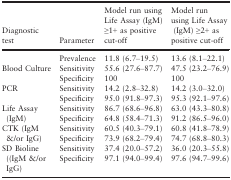
| Diagnostic test | Parameter | Model run using Life Assay (IgM) ≥1+ as positive cut‐off | Model run using Life Assay (IgM) ≥2+ as positive cut‐off |
 | --- | --- | --- | --- |
 |  | Prevalence | 11.8 (6.7–19.5) | 13.6 (8.1–22.1) |
 | <ROWSPAN=2> Blood Culture | Sensitivity | 55.6 (27.6–87.7) | 47.5 (23.2–76.9) |
 | Specificity | 100 | 100 |
 | <ROWSPAN=2> PCR | Sensitivity | 14.2 (2.8–32.8) | 14.2 (3.0–32.0) |
 | Specificity | 95.0 (91.8–97.3) | 95.3 (92.1–97.6) |
 | <ROWSPAN=2> Life Assay (IgM) | Sensitivity | 86.7 (68.6–96.8) | 63.0 (43.3–80.8) |
 | Specificity | 64.8 (58.4–71.3) | 91.2 (86.5–96.0) |
 | <ROWSPAN=2> CTK (IgM &/or IgG) | Sensitivity | 60.5 (40.3–79.1) | 60.8 (41.8–78.9) |
 | Specificity | 73.9 (68.2–79.4) | 74.7 (68.8–80.3) |
 | <ROWSPAN=2> SD Bioline ((IgM &/or IgG) | Sensitivity | 37.4 (20.0–57.2) | 36.0 (20.3–55.8) |
 | Specificity | 97.1 (94.0–99.4) | 97.6 (94.7–99.6) |